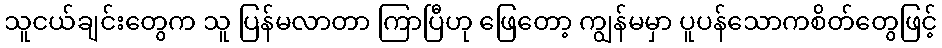
သူငယ်ချင်းတွေက သူ ပြန်မလာတာ ကြာပြီဟု ဖြေတော့ ကျွန်မမှာ ပူပန်သောကစိတ်တွေဖြင့်